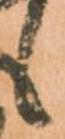
候